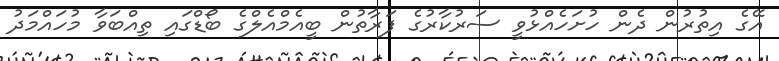
އޭގެ އިތުރުން ދެން ހުށަހެއްޅުވީ ސަރުކާރުގެ ފަރާތުން ބީއެމްއެލްގެ ބޯޑްގައި ތިއްބަވާ މުހައްމަދު